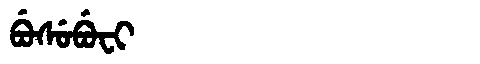
Manchu: ᠪᡠᠰᡠᠪᡠᠸᡳ
Romanization: BUSUBUFI